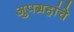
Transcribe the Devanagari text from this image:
अुपग्रहांचे